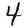
Digit: 4